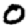
Digit: 0